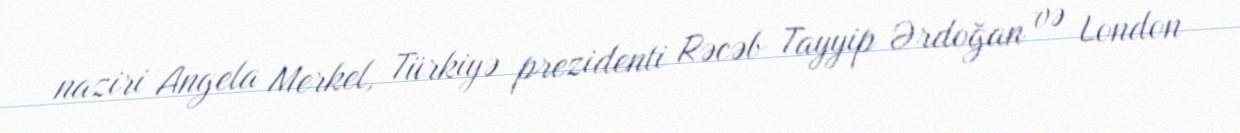
naziri Angela Merkel, Türkiyə prezidenti Rəcəb Tayyip Ərdoğan və London